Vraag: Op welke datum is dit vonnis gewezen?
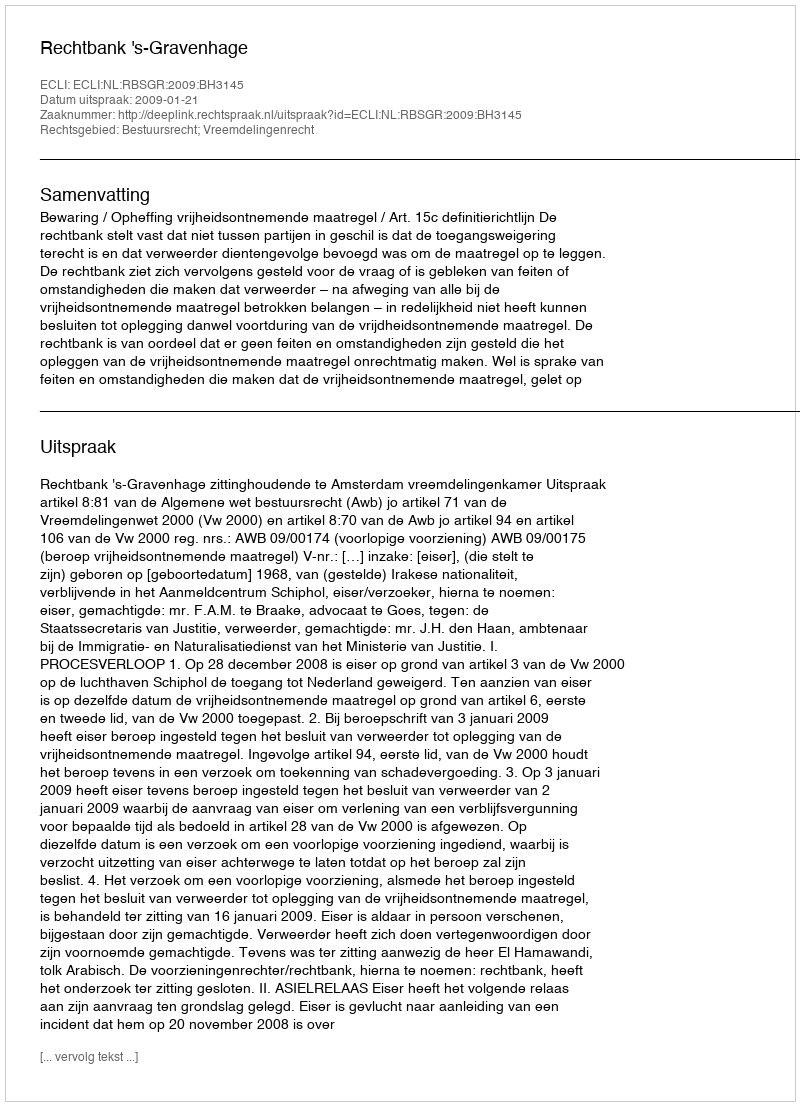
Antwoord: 2009-01-21